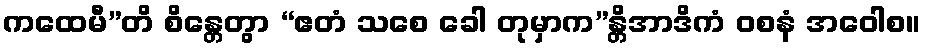
ကထေမီ”တိ စိန္တေတွာ “ဧတံ သစေ ခေါ တုမှာက”န္တိအာဒိကံ ဝစနံ အဝေါစ။